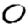
Digit: 0